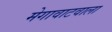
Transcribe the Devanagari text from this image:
मेगावाटवाला